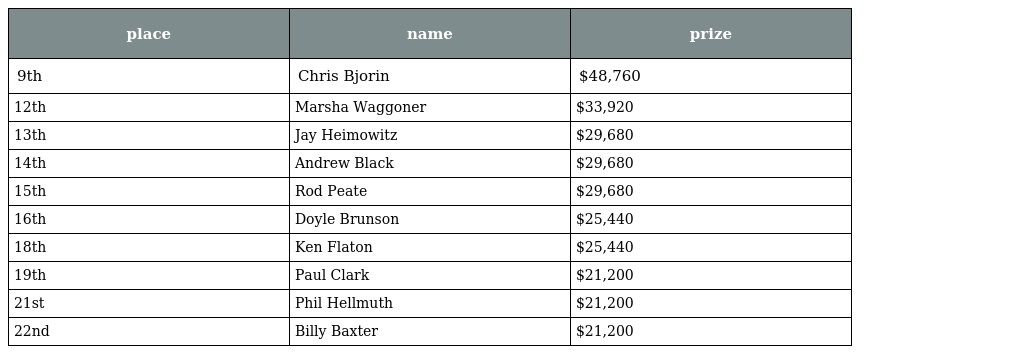
| place | name | prize |
 | --- | --- | --- |
 | 9th | Chris Bjorin | $48,760 |
 | 12th | Marsha Waggoner | $33,920 |
 | 13th | Jay Heimowitz | $29,680 |
 | 14th | Andrew Black | $29,680 |
 | 15th | Rod Peate | $29,680 |
 | 16th | Doyle Brunson | $25,440 |
 | 18th | Ken Flaton | $25,440 |
 | 19th | Paul Clark | $21,200 |
 | 21st | Phil Hellmuth | $21,200 |
 | 22nd | Billy Baxter | $21,200 |